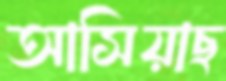
আসিয়াছ